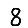
Digit: 8